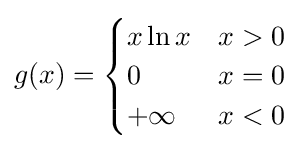
g(x)={\begin{cases}x\ln x&x>0\\0&x=0\\+\infty &x<0\end{cases}}